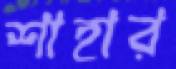
শাহার